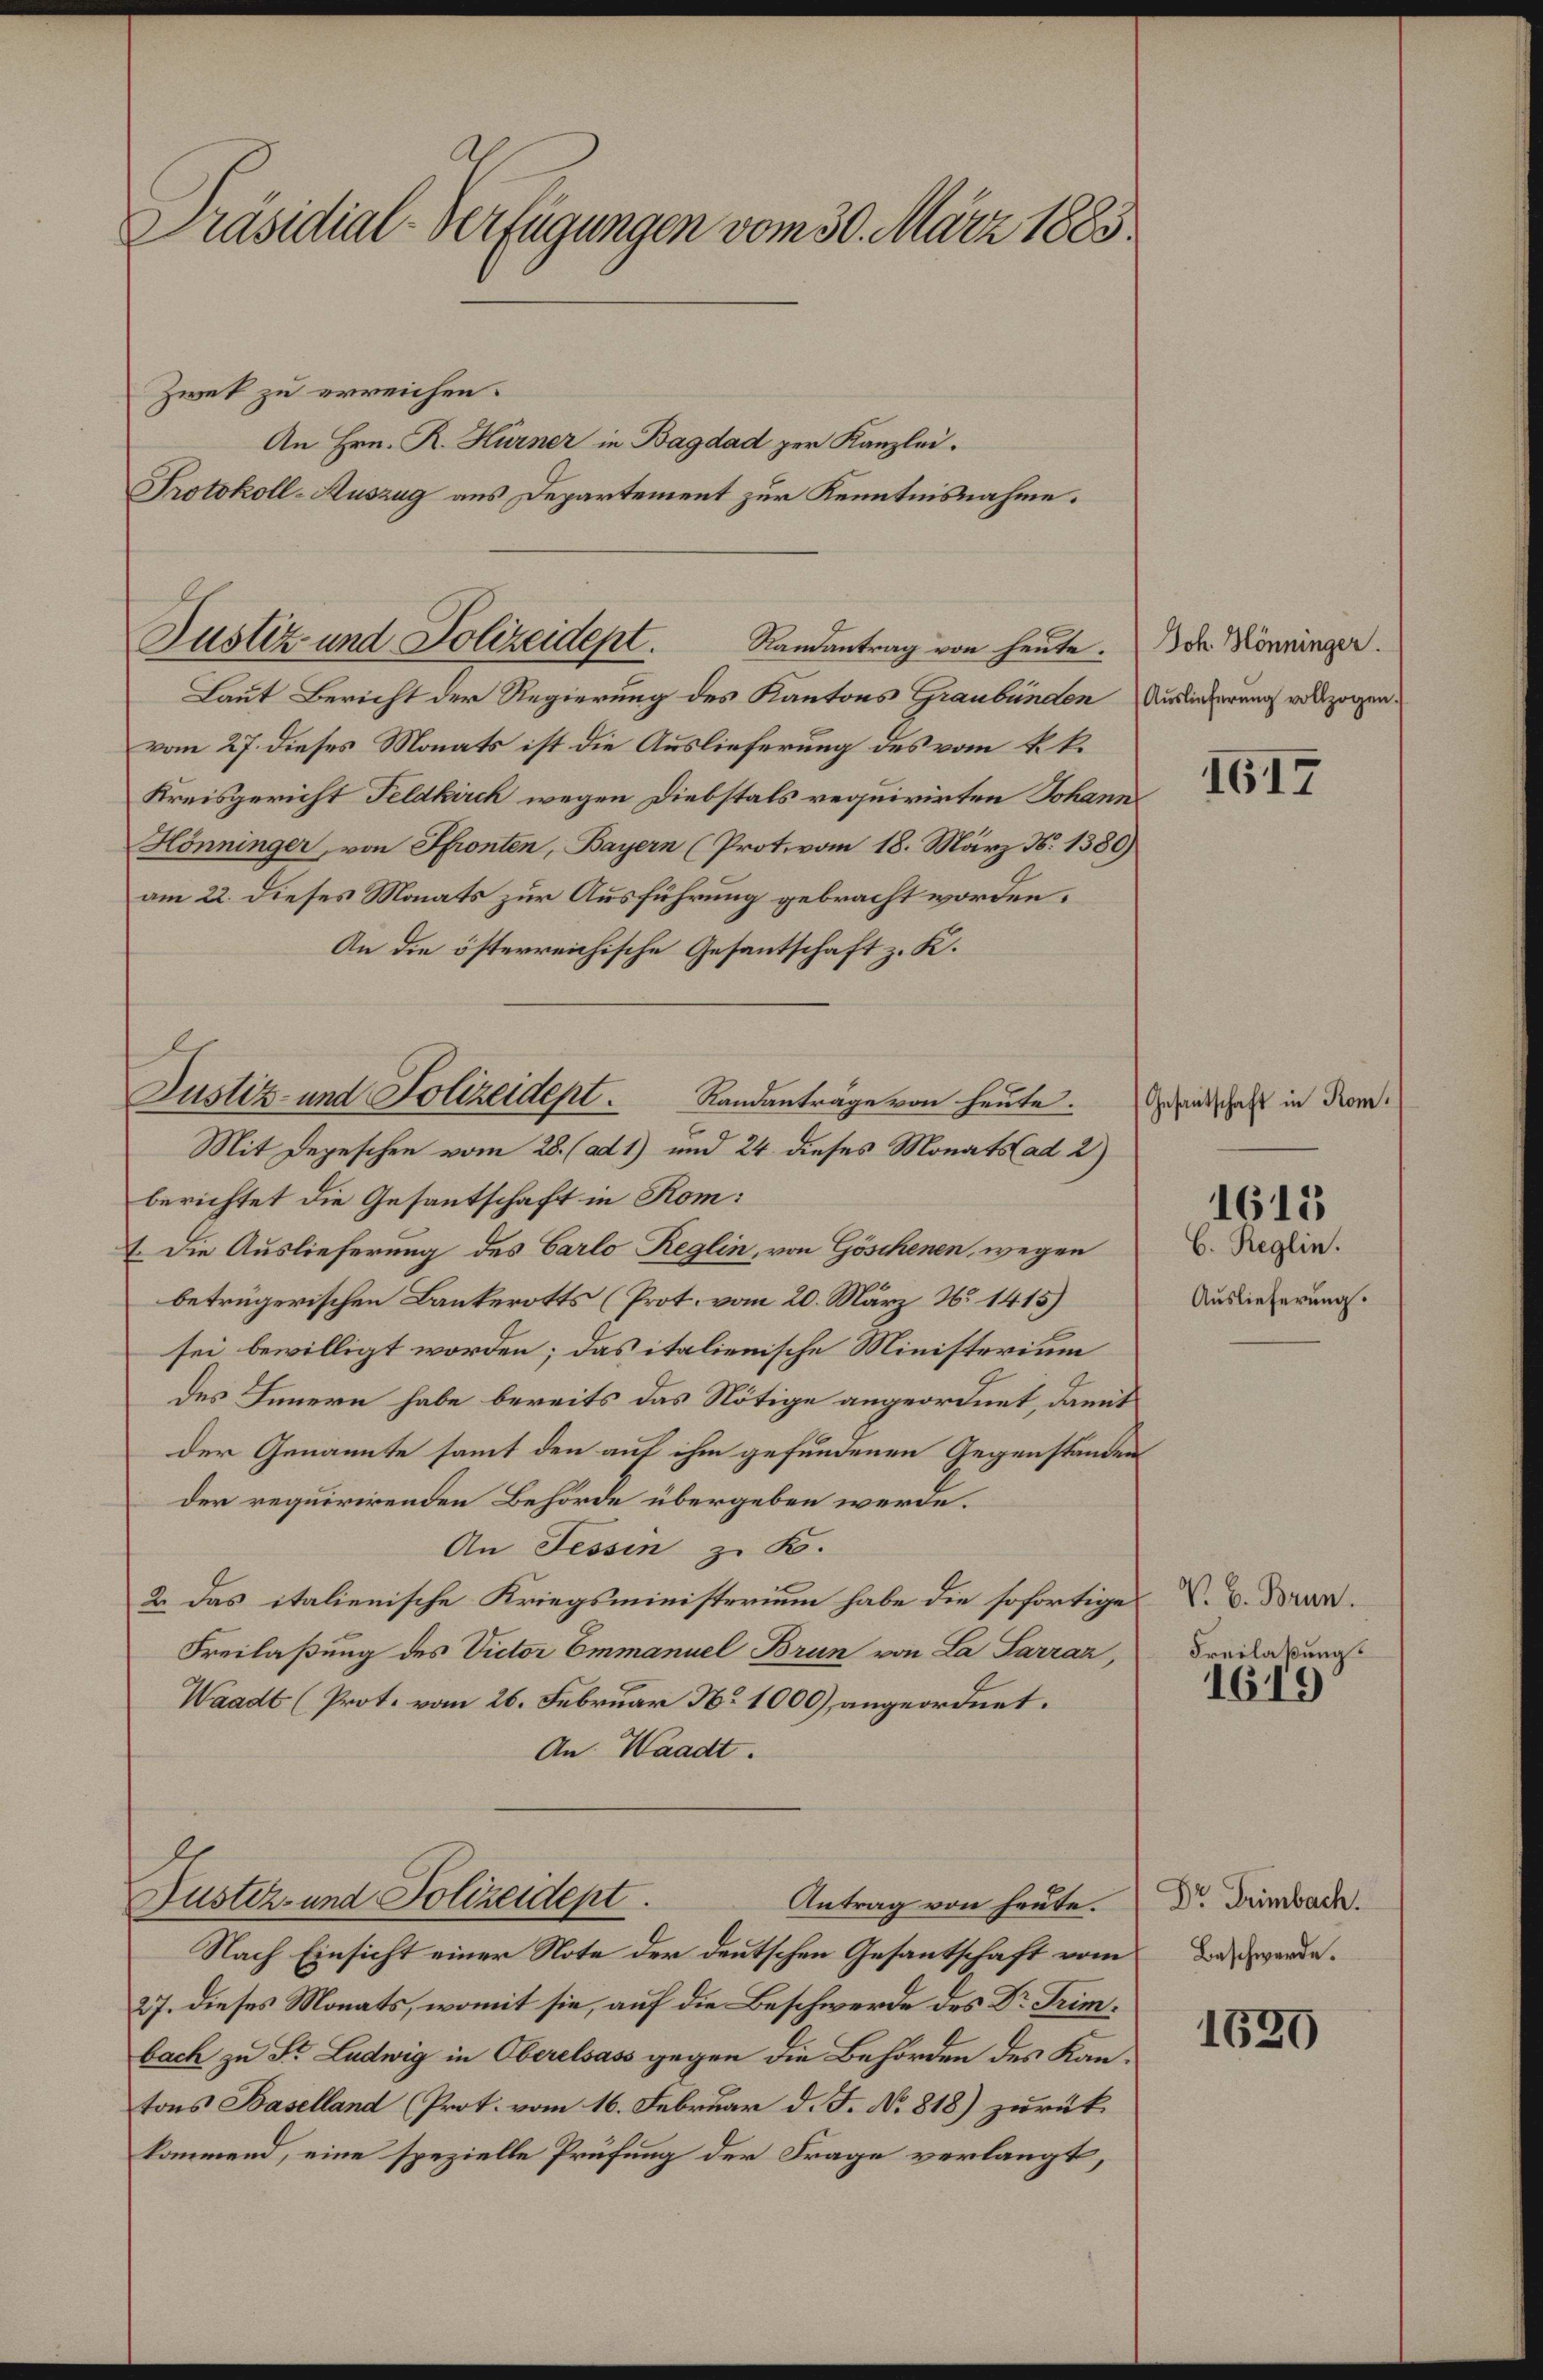
Präsidial-Verfügungen vom 30. März 1883.

Zwek zu erreichen.
An Hrn. R. Kurner in Bagdad per Kanzlei.
Protokoll-Auszug aus Departement zur Kenntnisnahme.

Justiz- und Polizeident. Randantrag von heute. Die Könninger

Laut Bericht der Regierung des Kantons Graubünden Auslieferung vollzogen.
vom 27. dieses Monats ist die Auslieferung des vom k. k.
Kreisgericht Feldkirch wegen Diebstals requirirten Johann
Hönninger, von Pfronten, Bayern (Prot. vom 18. März N. 1380)
am 22. dieses Monats zur Ausführung gebracht worden.
An die österreichische Gesantschaft z. K.
Mit Depeschen vom 28. (ad 1) und 24. dieses Monats (ad 2)
berichtet die Gesantschaft in Kom:
1. Die Auslieferung des Carlo Reglin, von Göschenen, wegen
betrügerischen Bankerotts (Prot. vom 20. März No 1415)
sei bewilligt worden; das italienische Ministerium
des Innern habe bereits das Nötige angeordnet, damit
der Genannte samt den auf ihm gefundenen Gegenständen
der requirirenden Behörde übergeben werde.
An Tessin zu K.
2. Das italienische Kriegsministerium habe die sofortige
Freilaßung des Victor Emmanuel Brun von La Parraz,
Waadt (Prot. vom 26. Februar No 1000), angeordnet.
An Waadt.
Justiz- und Polizeidept.
Antrag von heute. Dr. Trimbach.
Nach Einsicht einer Note der deutschen Gesantschaft vom
27. dieses Monats, womit sie, auf die Beschwerde des Dr Trimbach zu St. Ludwig in Oberelsass gegen die Behörden des Kantons Baselland (Prot. vom 16. Februar d. J. No 818) zurückkommend, eine spezielle Prüfung der Frage verlangt,

Justiz- und Polizeidept. Randanträge von heute.

1617

Gesantschaft in Rom.

C. Reglin.
Auslieferung.

1615

V. B. Brun
Freilaßung.

1619

Beschwerde.

1530